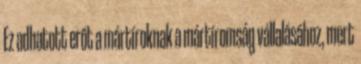
Ez adhatott erőt a mártíroknak a mártíromság vállalásához, mert